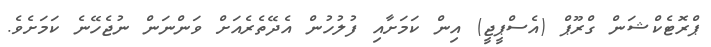
ޕްރޮޓެކްޝަން ގްރޫޕް (އެސްޕީޖީ) އިން ކަމަށާއި ފުލުހުން އެދޭތެރެއަށް ވަންނަން ނުޖެހޭނެ ކަމަށެވެ.